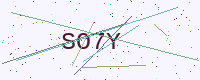
Text: SO7Y